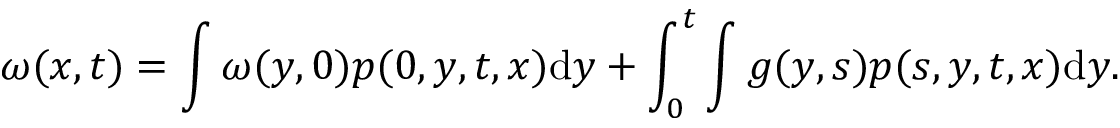
\omega ( x , t ) = \int \omega ( y , 0 ) p ( 0 , y , t , x ) \mathrm { d } y + \int _ { 0 } ^ { t } \int g ( y , s ) p ( s , y , t , x ) \mathrm { d } y .